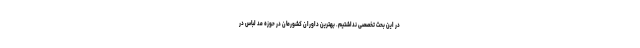
در این بحث تخصصی نداشتیم. بهترین داوران کشورمان در حوزه مد لباس در